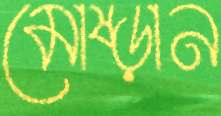
মোষ্‌ড়ান